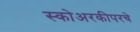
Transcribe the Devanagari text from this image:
स्कोअरकीपरचे